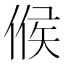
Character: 𠋫